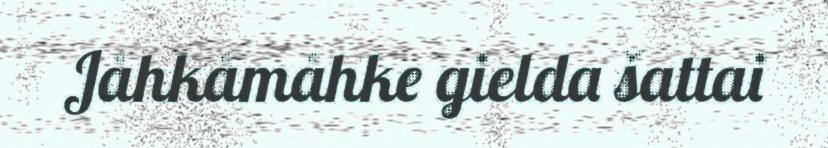
Jåhkåmåhke gielda šattai